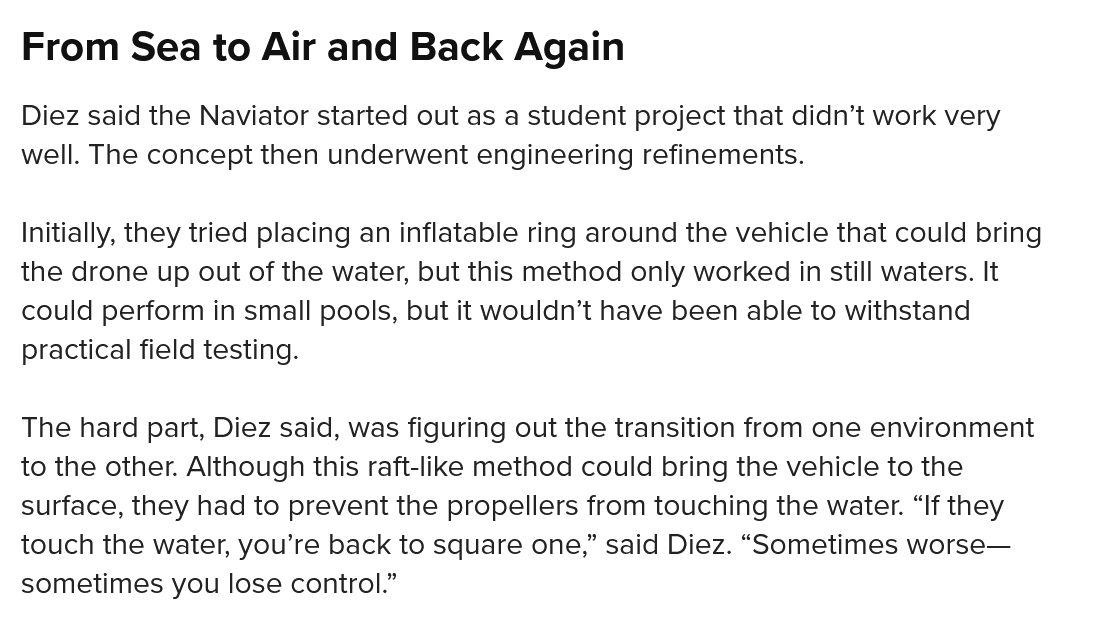
From    Sea to   Air  and   Back   Again
  Diez said the Naviator started out as a student project that didn’t work very
  well. The concept then underwent engineering refinements.
  Initially, they tried placing an inflatable ring around the vehicle that could bring
  the drone up out of the water, but this method only worked in still waters. It
  could perform in small pools, but it wouldn’t have been able to withstand
  practical field testing.
  The hard part, Diez said, was figuring out the transition from one environment
  to the other. Although this raft-like method could bring the vehicle to the
  surface, they had to prevent the propellers from touching the water. “If they
  touch the water, you’re back to square one,” said Diez. “Sometimes worse—
  sometimes you lose control.”